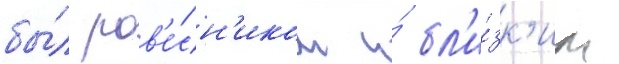
бы́л ров'е́сн'иком и́ бл'и́зк'им